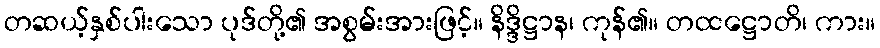
တဆယ့်နှစ်ပါးသော ပုဒ်တို့၏ အစွမ်းအားဖြင့်။ နိဒ္ဒိဋ္ဌာန၊ ကုန်၏။ တထဋ္ဌောတိ၊ ကား။